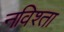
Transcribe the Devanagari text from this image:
नविश्ता